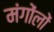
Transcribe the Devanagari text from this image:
मंगोंलों